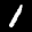
Label: 1